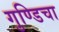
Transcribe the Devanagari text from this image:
गुण्डिचा